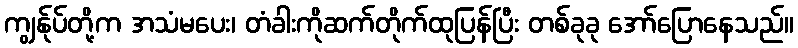
ကျွန်ုပ်တို့က အသံမပေး၊ တံခါးကိုဆက်တိုက်ထုပြန်ပြီး တစ်ခုခု အော်ပြောနေသည်။